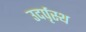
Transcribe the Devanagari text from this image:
उदर्पृस्थ